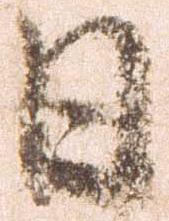
日